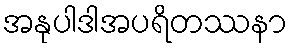
အနုပါဒါအပရိတဿနာ